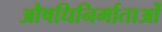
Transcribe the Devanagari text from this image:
औषधिनिर्माताओं